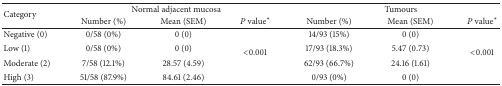
<table><thead><tr><td rowspan="2"><b>Category</b></td><td colspan="3"><b>Normal adjacent mucosa</b></td><td colspan="3"><b>Tumours</b></td></tr><tr><td><b>Number (%)</b></td><td><b>Mean (SEM)</b></td><td><b><i>P</i> value*</b></td><td><b>Number (%)</b></td><td><b>Mean (SEM)</b></td><td><b><i>P</i> value*</b></td></tr></thead><tbody><tr><td>Negative (0)</td><td>0/58 (0%)</td><td>0 (0)</td><td rowspan="4">&lt;0.001</td><td>14/93 (15%)</td><td>0 (0)</td><td rowspan="4">&lt;0.001</td></tr><tr><td>Low (1)</td><td>0/58 (0%)</td><td>0 (0)</td><td>17/93 (18.3%)</td><td>5.47 (0.73)</td></tr><tr><td>Moderate (2)</td><td>7/58 (12.1%)</td><td>28.57 (4.59)</td><td>62/93 (66.7%)</td><td>24.16 (1.61)</td></tr><tr><td>High (3)</td><td>51/58 (87.9%)</td><td>84.61 (2.46)</td><td>0/93 (0%)</td><td>0 (0)</td></tr></tbody></table>